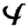
Digit: 4